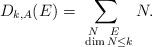
LaTeX: \begin{align*}D_{k,A}(E) = \sum_{\substack{N \ \ E \ \\ \ \dim N \leq k}} N.\end{align*}